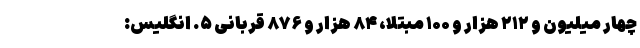
چهار میلیون و ۲۱۲ هزار و ۱۰۰ مبتلا، ۸۴ هزار و ۸۷۶ قربانی ۵. انگلیس: